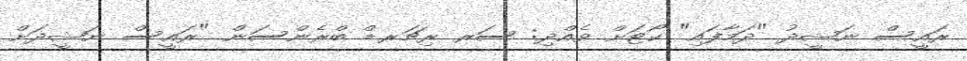
ރައީސް ނަޝީދު "ދަމާފައި" ކޯޓަށް ވެއްދި: ސަރ ރިޗަރޑް ބްރެންސަން "ރައީސް ނަޝީދަށް